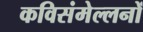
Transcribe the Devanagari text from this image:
कविसंमेल्लनों